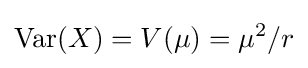
\operatorname {Var} (X)=V(\mu )=\mu ^{2}/r